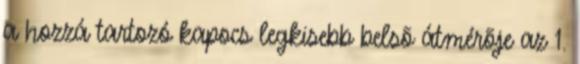
a hozzá tartozó kapocs legkisebb belsõ átmérõje az 1.